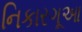
નિકારગૂઆ